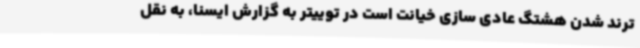
ترند شدن هشتگ عادی سازی خیانت است در توییتر به گزارش ایسنا، به نقل